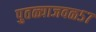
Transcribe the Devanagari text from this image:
पुतळ्याजवळ५७